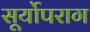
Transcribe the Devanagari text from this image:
सूर्योपराग